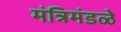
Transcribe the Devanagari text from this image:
मंत्रिमंडळे